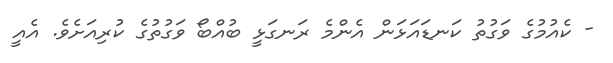
- ކެއުމުގެ ވަގުތު ކަނޑައަޅަން އެންމެ ރަނގަޅީ ބުއްބޯ ވަގުތުގެ ކުރިއަށެވެ. އެއީ